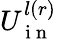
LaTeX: U_{\mathrm{~i~n~}}^{l(r)}